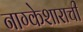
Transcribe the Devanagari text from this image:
नाग्केशाराची